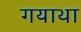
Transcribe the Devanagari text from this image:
गयाथा